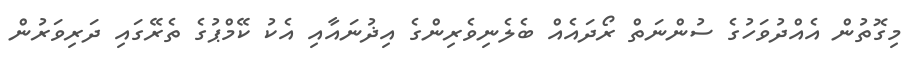
މިގޮތުން އެއްދުވަހުގެ ސުންނަތް ރޯދައެއް ބެލެނިވެރިންގެ އިޛުނައާއި އެކު ކޭމްޕުގެ ތެރޭގައި ދަރިވަރުން